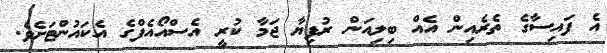
އެ ފައިސާގެ ތެރެއިން އެއް ބިލިއަން ރުފިޔާ ޖަމާ ކުރީ އެސްއޯއެފްގެ އެކައުންޓަށެވެ.